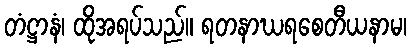
တံဋ္ဌာနံ၊ ထိုအရပ်သည်။ ရတနာဃရစေတီယနာမ၊